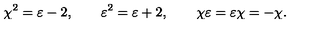
\chi ^ { 2 } = \varepsilon - 2 , \qquad \varepsilon ^ { 2 } = \varepsilon + 2 , \qquad \chi \varepsilon = \varepsilon \chi = - \chi .